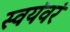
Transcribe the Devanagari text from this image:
स्वयंवरं